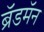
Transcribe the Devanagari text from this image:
ब्रॅडमॅन